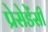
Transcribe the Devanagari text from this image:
प्रेसेडेंसी